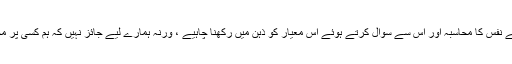
اس لئے یقینی بات ہے کہ آدمی کو اپنے نفس کا محاسبہ اور اس سے سوال کرتے ہوئے اس معیار کو ذہن میں رکھنا چاہیے ، ورنہ ہمارے لیے جائز نہیں کہ ہم کسی پر مخلص اور سچا نہ ہونے کا الزام دھریں۔